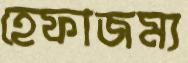
হেফাজম্য